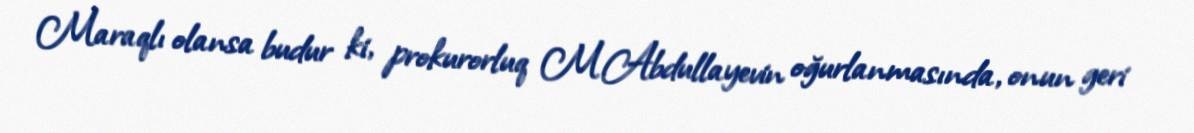
Maraqlı olansa budur ki, prokurorluq M.Abdullayevin oğurlanmasında, onun geri